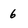
Character: 6